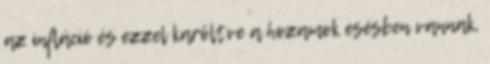
az infláció és ezzel karöltve a hozamok esésben vannak,